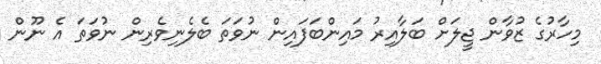
މިހާރުގެ ޒުވާން ޖީލަށް ބަލާއިރު މައިންބަފައިން ނުވަތަ ބެލެނިވެރިން ނުވަތަ އެ ނޫން